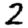
Digit: 2